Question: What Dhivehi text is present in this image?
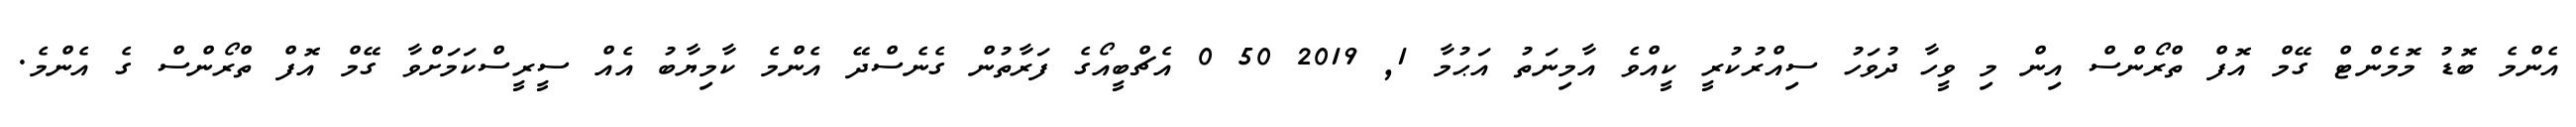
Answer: އެންމެ ބޮޑު މޮމެންޓް ގޭމް އޮފް ތްރޯންސް އިން މި ވީހާ ދުވަހު ސިއްރުކުރީ ކީއްވެ އާމިނަތު އަޙުމާ 1, 2019 50 0 އެޗްބީއޯގެ ފަރާތުން ގެނެސްދޭ އެންމެ ކާމިޔާބު އެއް ސީރީސްކަމަށްވާ ގޭމް އޮފް ތްރޯންސް ގެ އެންމެ.